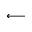
\longleftarrow